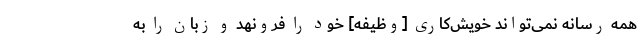
همه رسانه نمی‌تواند خویش‌کاری [وظیفه] خود را فرونهد و زبان را به